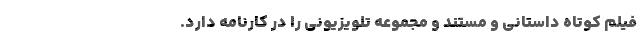
فیلم کوتاه داستانی و مستند و مجموعه تلویزیونی را در کارنامه دارد.